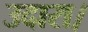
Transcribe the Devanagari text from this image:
उदारा।